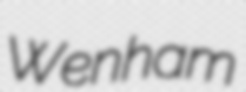
Wenham